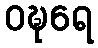
ဝဍ္ဎရေ